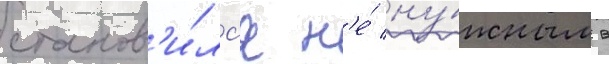
станов'и́лс'я н'е́ ну́жным в